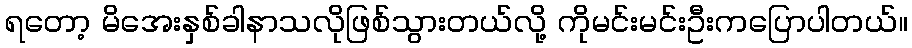
ရတော့ မိအေးနှစ်ခါနာသလိုဖြစ်သွားတယ်လို့ ကိုမင်းမင်းဦးကပြောပါတယ်။